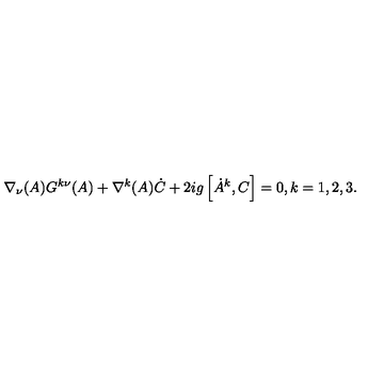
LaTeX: \nabla _ { \nu } ( A ) G ^ { k \nu } ( A ) + \nabla ^ { k } ( A ) \dot { C } + 2 i g \left[ \dot { A } ^ { k } , C \right] = 0 , k = 1 , 2 , 3 .